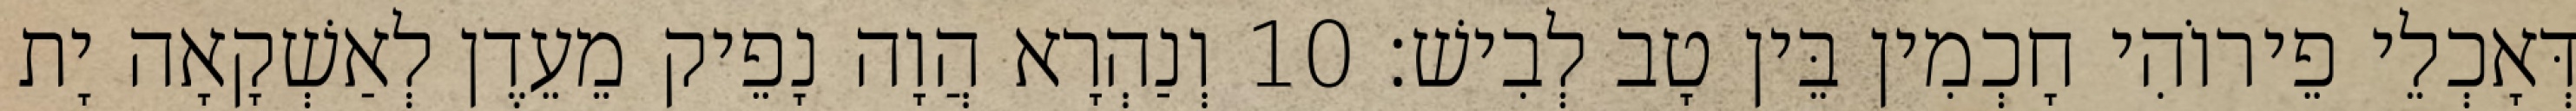
דְּאָכְלֵי פֵירוֹהִי חָכְמִין בֵּין טָב לְבִישׁ׃ 10 וְנַהְרָא הֲוָה נָפֵיק מֵעֵדֶן לְאַשְׁקָאָה יָת